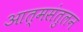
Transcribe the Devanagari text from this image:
आत्मसंतुलन